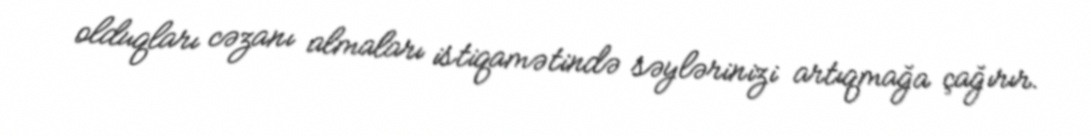
olduqları cəzanı almaları istiqamətində səylərinizi artıqmağa çağırır.